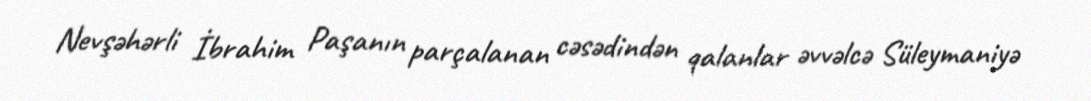
Nevşəhərli İbrahim Paşanın parçalanan cəsədindən qalanlar əvvəlcə Süleymaniyə